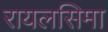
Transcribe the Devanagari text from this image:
रायलसिमा